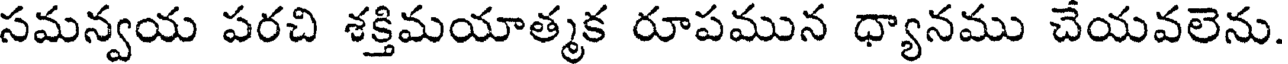
సమన్వయ పరచి శక్తిమయాత్మక రూపమున ధ్యానము చేయవలెను